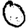
Digit: 0